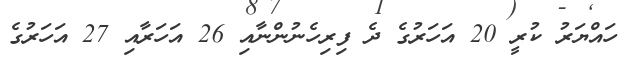
ހައްޔަރު ކުރީ 20 އަހަރުގެ ދެ ފިރިހެނުންނާއި 26 އަހަރާއި 27 އަހަރުގެ